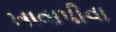
ખાવાપીવા